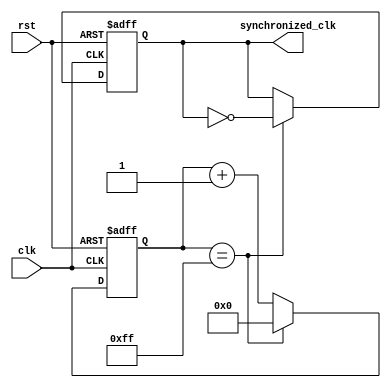
module timing_control_synchronization(
    input wire clk,
    input wire rst,
    output reg synchronized_clk
);

reg [7:0] counter;

always @(posedge clk or posedge rst) begin
    if (rst) begin
        counter <= 8'b0;
        synchronized_clk <= 1'b0;
    end else begin
        if (counter == 8'b11111111) begin
            counter <= 8'b0;
            synchronized_clk <= ~synchronized_clk;
        end else begin
            counter <= counter + 1;
        end
    end
end

endmodule